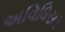
અવિધિસર